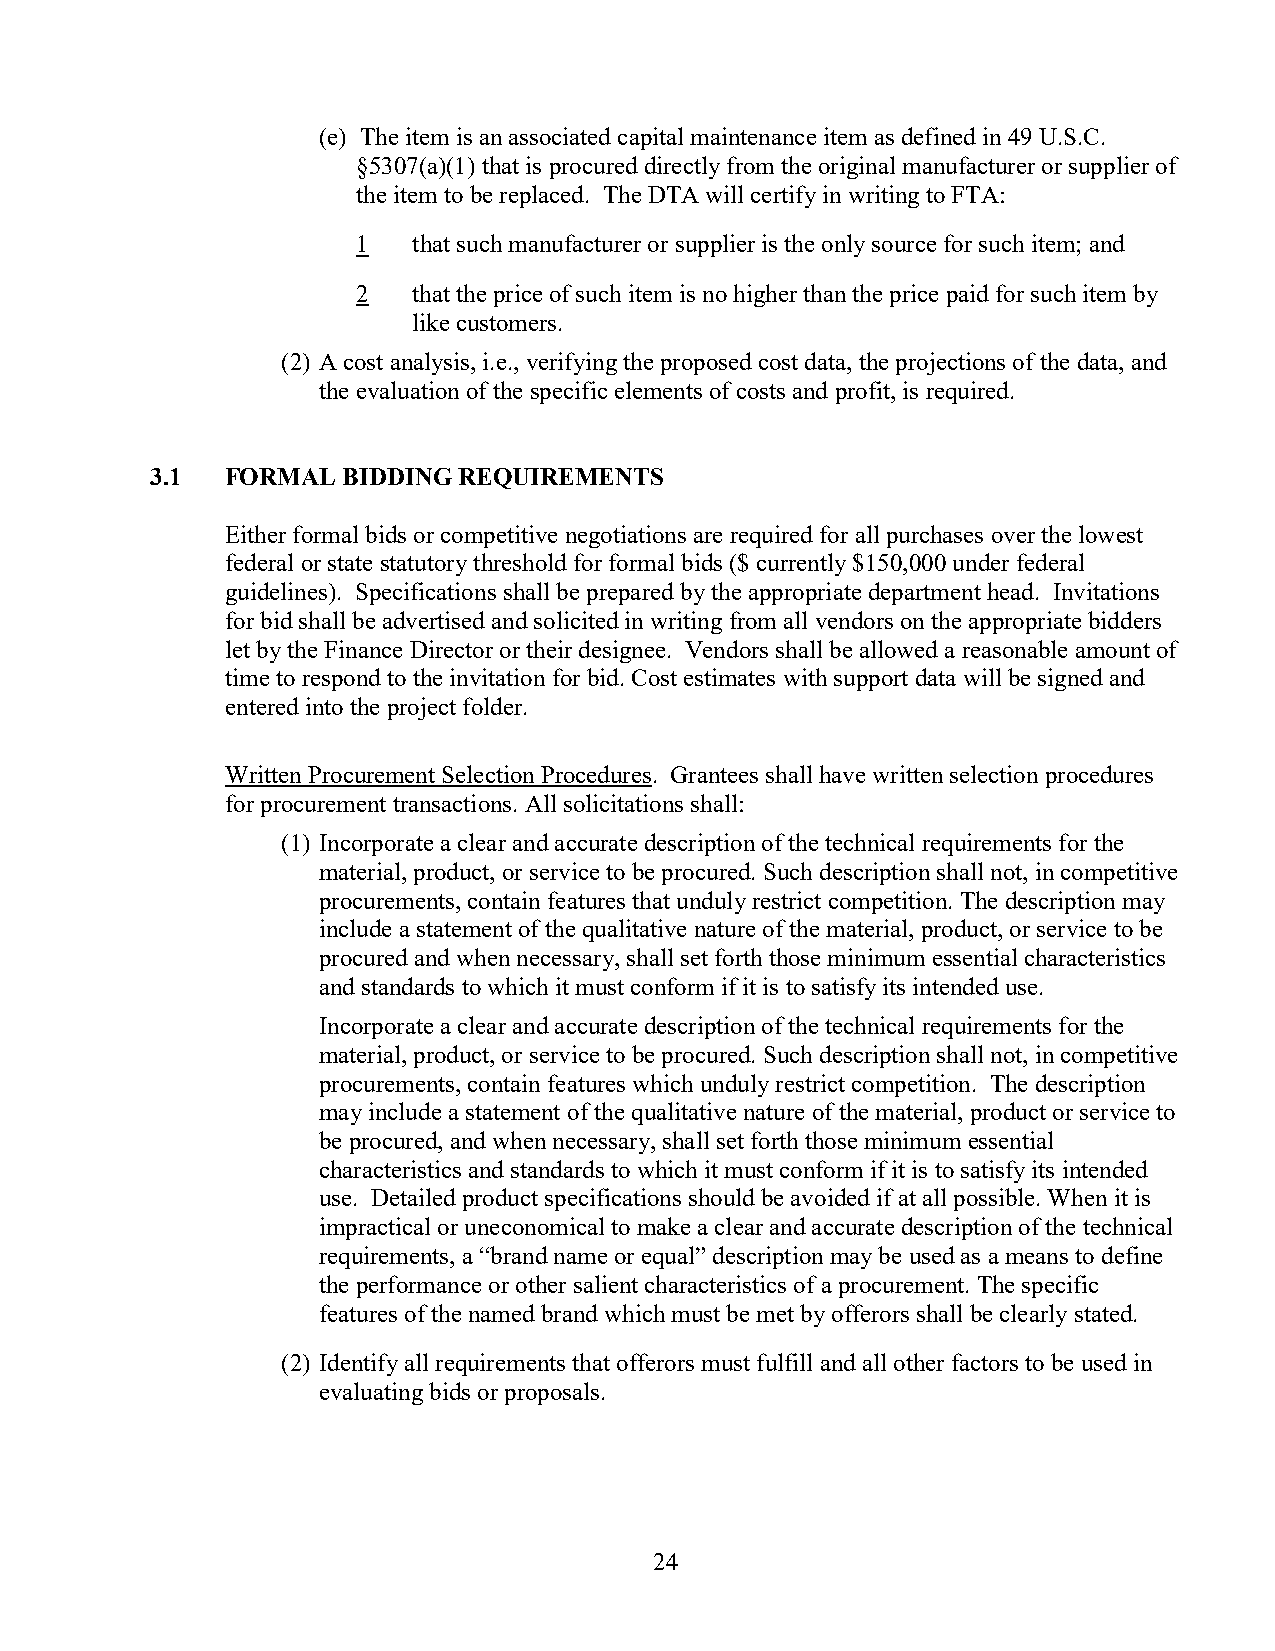
(e) The item is an associated capital maintenance item as defined in 49 U.S.C.
 §5307(a)(1) that is procured directly from the original manufacturer or supplier of
 the item to be replaced. The DTA will certify in writing to FTA:
 1  that such manufacturer or supplier is the only source for such item; and
 2  that the price of such item is no higher than the price paid for such item by
 like customers.
 (2) A cost analysis, i.e., verifying the proposed cost data, the projections of the data, and
 the evaluation of the specific elements of costs and profit, is required.
 3.1  FORMAL  BIDDING REQUIREMENTS
 Either formal bids or competitive negotiations are required for all purchases over the lowest
 federal or state statutory threshold for formal bids ($ currently $150,000 under federal
 guidelines). Specifications shall be prepared by the appropriate department head. Invitations
 for bid shall be advertised and solicited in writing from all vendors on the appropriate bidders
 let by the Finance Director or their designee. Vendors shall be allowed a reasonable amount of
 time to respond to the invitation for bid. Cost estimates with support data will be signed and
 entered into the project folder.
 Written Procurement Selection Procedures. Grantees shall have written selection procedures
 for procurement transactions. All solicitations shall:
 (1) Incorporate a clear and accurate description of the technical requirements for the
 material, product, or service to be procured. Such description shall not, in competitive
 procurements, contain features that unduly restrict competition. The description may
 include a statement of the qualitative nature of the material, product, or service to be
 procured and when necessary, shall set forth those minimum essential characteristics
 and standards to which it must conform if it is to satisfy its intended use.
 Incorporate a clear and accurate description of the technical requirements for the
 material, product, or service to be procured. Such description shall not, in competitive
 procurements, contain features which unduly restrict competition. The description
 may include a statement of the qualitative nature of the material, product or service to
 be procured, and when necessary, shall set forth those minimum essential
 characteristics and standards to which it must conform if it is to satisfy its intended
 use. Detailed product specifications should be avoided if at all possible. When it is
 impractical or uneconomical to make a clear and accurate description of the technical
 requirements, a “brand name or equal” description may be used as a means to define
 the performance or other salient characteristics of a procurement. The specific
 features of the named brand which must be met by offerors shall be clearly stated.
 (2) Identify all requirements that offerors must fulfill and all other factors to be used in
 evaluating bids or proposals.
 24